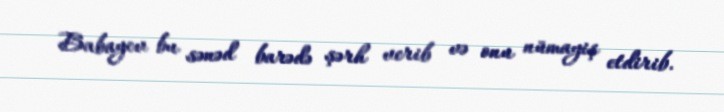
Babayev bu sənəd barədə şərh verib və onu nümayiş etdirib.